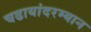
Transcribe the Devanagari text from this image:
चढायांदरम्यान